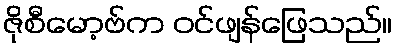
ဇိုစီမော့ဗ်က ဝင်ဖျန်ဖြေသည်။